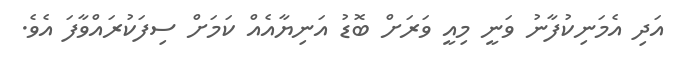
އަދި އެމަނިކުފާނު ވަނީ މިއީ ވަރަށް ބޮޑު އަނިޔާއެއް ކަމަށް ސިފަކުރައްވާފަ އެވެ.